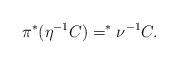
LaTeX: \begin{align*} \pi^*(\eta^{-1}C) =^* \nu^{-1}C.\end{align*}